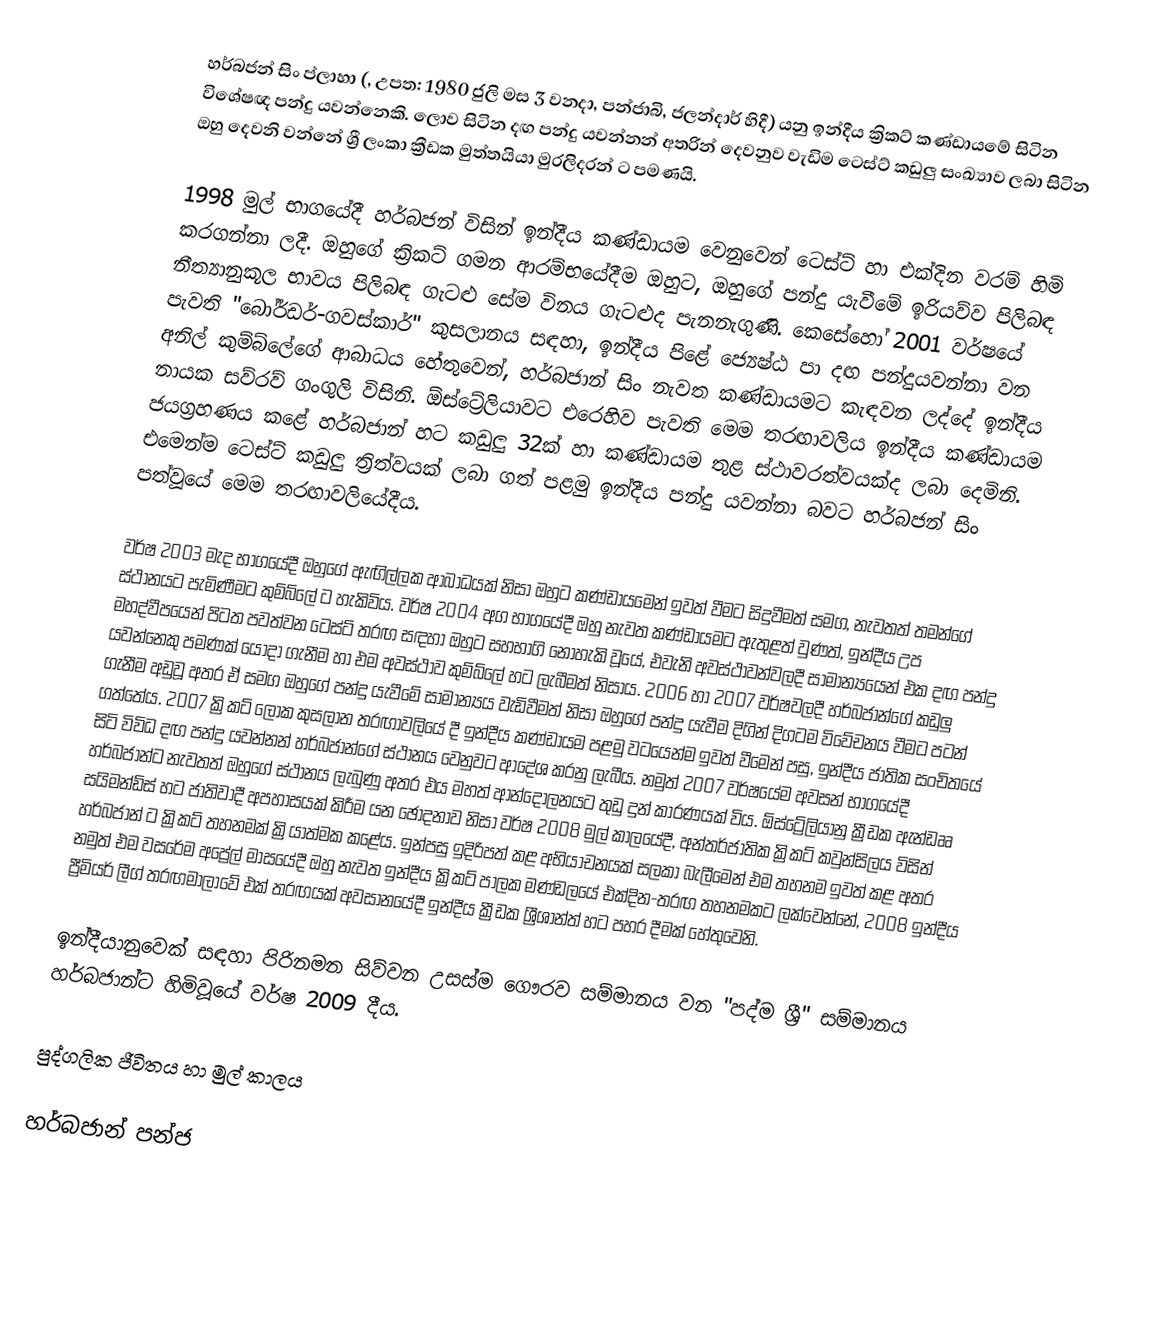
හර්බජන් සිං ප්ලාහා (, උපත: 1980 ජුලි මස 3 වනදා, පන්ජාබි, ජලන්දාර් හිදී) යනු ඉන්දීය ක්‍රිකට් කණ්ඩායමේ සිටින විශේෂඥ පන්දු යවන්නෙකි. ලොව සිටින දඟ පන්දු යවන්නන් අතරින් දෙවනුව වැඩිම ටෙස්ට් කඩුලු සංඛ්‍යාව ලබා සිටින ඔහු දෙවනි වන්නේ ශ්‍රී ලංකා ක්‍රීඩක මුත්තයියා මුරලිදරන් ට පමණයි.

1998 මුල් භාගයේදී හර්බජන් විසින් ඉන්දීය කණ්ඩායම වෙනුවෙන් ටෙස්ට්  හා එක්දින වරම් හිමි කරගන්නා ලදී. ඔහුගේ ක්‍රිකට් ගමන ආරම්භයේදීම ඔහුට, ඔහුගේ පන්දු යැවීමේ ඉරියව්ව පිලිබඳ නීත්‍යානුකූල භාවය පිලිබඳ ගැටළු සේම විනය ගැටළුද පැනනැගුණි. කෙසේහෝ 2001 වර්ෂයේ පැවති "බෝර්ඩර්-ගවස්කාර්" කුසලානය සඳහා, ඉන්දීය පිළේ ජ්‍යෙෂ්ඨ පා දඟ පන්දුයවන්නා වන අනිල් කුම්බ්ලේගේ ආබාධය හේතුවෙන්, හර්බජාන් සිං නැවත කණ්ඩායමට කැඳවන ලද්දේ ඉන්දීය නායක සව්රව් ගංගුලි විසිනි. ඕස්ට්‍රේලියාවට එරෙහිව පැවති මෙම තරඟාවලිය ඉන්දීය කණ්ඩායම ජයග්‍රහණය කළේ හර්බජාන් හට කඩුලු 32ක් හා කණ්ඩායම තුළ ස්ථාවරත්වයක්ද ලබා දෙමිනි. එමෙන්ම ටෙස්ට් කඩුලු ත්‍රිත්වයක් ලබා ගත් පළමු ඉන්දීය පන්දු යවන්නා බවට හර්බජන් සිං පත්වූයේ මෙම තරඟාවලියේදීය.

වර්ෂ 2003 මැද භාගයේදී ඔහුගේ ඇඟිල්ලක ආබාධයක් නිසා ඔහුට කණ්ඩායමෙන් ඉවත් වීමට සිදුවීමත් සමග, නැවතත් තමන්ගේ ස්ථානයට පැමිණීමට කුම්බ්ලේ ට හැකිවිය. වර්ෂ 2004 අග භාගයේදී ඔහු නැවත කණ්ඩායමට ඇතුළත් වුණත්, ඉන්දීය උප මහද්වීපයෙන් පිටත පවත්වන ටෙස්ට් තරඟ සඳහා ඔහුට සහභාගි නොහැකි වූයේ, එවැනි අවස්ථාවන්වලදී සාමාන්‍යයෙන් එක දඟ පන්දු යවන්නෙකු පමණක් යොදා ගැනීම හා එම අවස්ථාව කුම්බ්ලේ හට ලැබීමත් නිසාය. 2006 හා 2007 වර්ෂවලදී හර්බජාන්ගේ කඩුලු ගැනීම අඩුවූ අතර ඒ සමග ඔහුගේ පන්දු යැවීමේ සාමාන්‍යය වැඩිවීමත් නිසා ඔහුගේ පන්දු යැවීම දිගින් දිගටම විවේචනය වීමට පටන් ගත්තේය. 2007 ක්‍රිකට් ලෝක කුසලාන තරඟාවලියේ දී ඉන්දීය කණ්ඩායම පළමු වටයෙන්ම ඉවත් වීමෙන් පසු, ඉන්දීය ජාතික සංචිතයේ සිටි විවිධ දඟ පන්දු යවන්නන් හර්බජාන්ගේ ස්ථානය වෙනුවට ආදේශ කරනු ලැබීය. නමුත් 2007 වර්ෂයේම අවසන් භාගයේදී හර්බජාන්ට නැවතත් ඔහුගේ ස්ථානය ලැබුණු අතර එය මහත් ආන්දෝලනයට තුඩු දුන් කාරණයක් විය. ඕස්ට්‍රේලියානු ක්‍රීඩක ඇන්ඩෲ සයිමන්ඩ්ස් හට ජාතිවාදී අපහාසයක් කිරීම යන ඡෝදනාව නිසා වර්ෂ 2008 මුල් කාලයේදී, අන්තර්ජාතික ක්‍රිකට් කවුන්සිලය විසින් හර්බජාන් ට ක්‍රිකට් තහනමක් ක්‍රියාත්මක කළේය. ඉන්පසු ඉදිරිපත් කළ අභියාචනයක් සලකා බැලීමෙන් එම තහනම ඉවත් කළ අතර නමුත් එම වසරේම අප්‍රේල් මාසයේදී ඔහු නැවත ඉන්දීය ක්‍රිකට් පාලක මණ්ඩලයේ එක්දින-තරඟ තහනමකට ලක්වෙන්නේ, 2008 ඉන්දීය ප්‍රීමියර් ලීග් තරඟමාලාවේ එක් තරඟයක් අවසානයේදී ඉන්දීය ක්‍රීඩක ශ්‍රීශාන්ත් හට පහර දීමක් හේතුවෙනි.

ඉන්දීයානුවෙක් සඳහා පිරිනමන සිව්වන උසස්ම ගෞරව සම්මානය වන "පද්ම ශ්‍රී" සම්මානය හර්බජාන්ට හිමිවූයේ වර්ෂ 2009 දීය.

පුද්ගලික ජීවිතය හා මුල් කාලය

හර්බජාන් පන්ජ